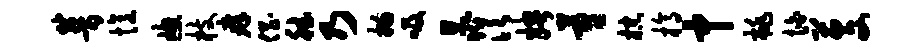
普忆窗枝痒倡德乃描吸晁须娉蔚棕槁中桃怕芟